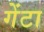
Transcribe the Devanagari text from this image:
गेंटा